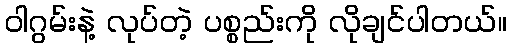
ဝါဂွမ်းနဲ့ လုပ်တဲ့ ပစ္စည်းကို လိုချင်ပါတယ်။